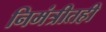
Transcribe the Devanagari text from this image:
निमंत्रीतही